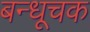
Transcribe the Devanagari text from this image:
बन्धूचक